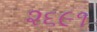
૨૬૯૧